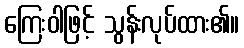
ကြေးဝါဖြင့် သွန်းလုပ်ထား၏။